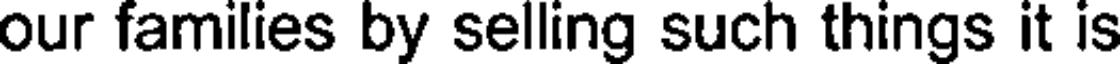
our families by selling such things it is